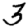
Digit: 3